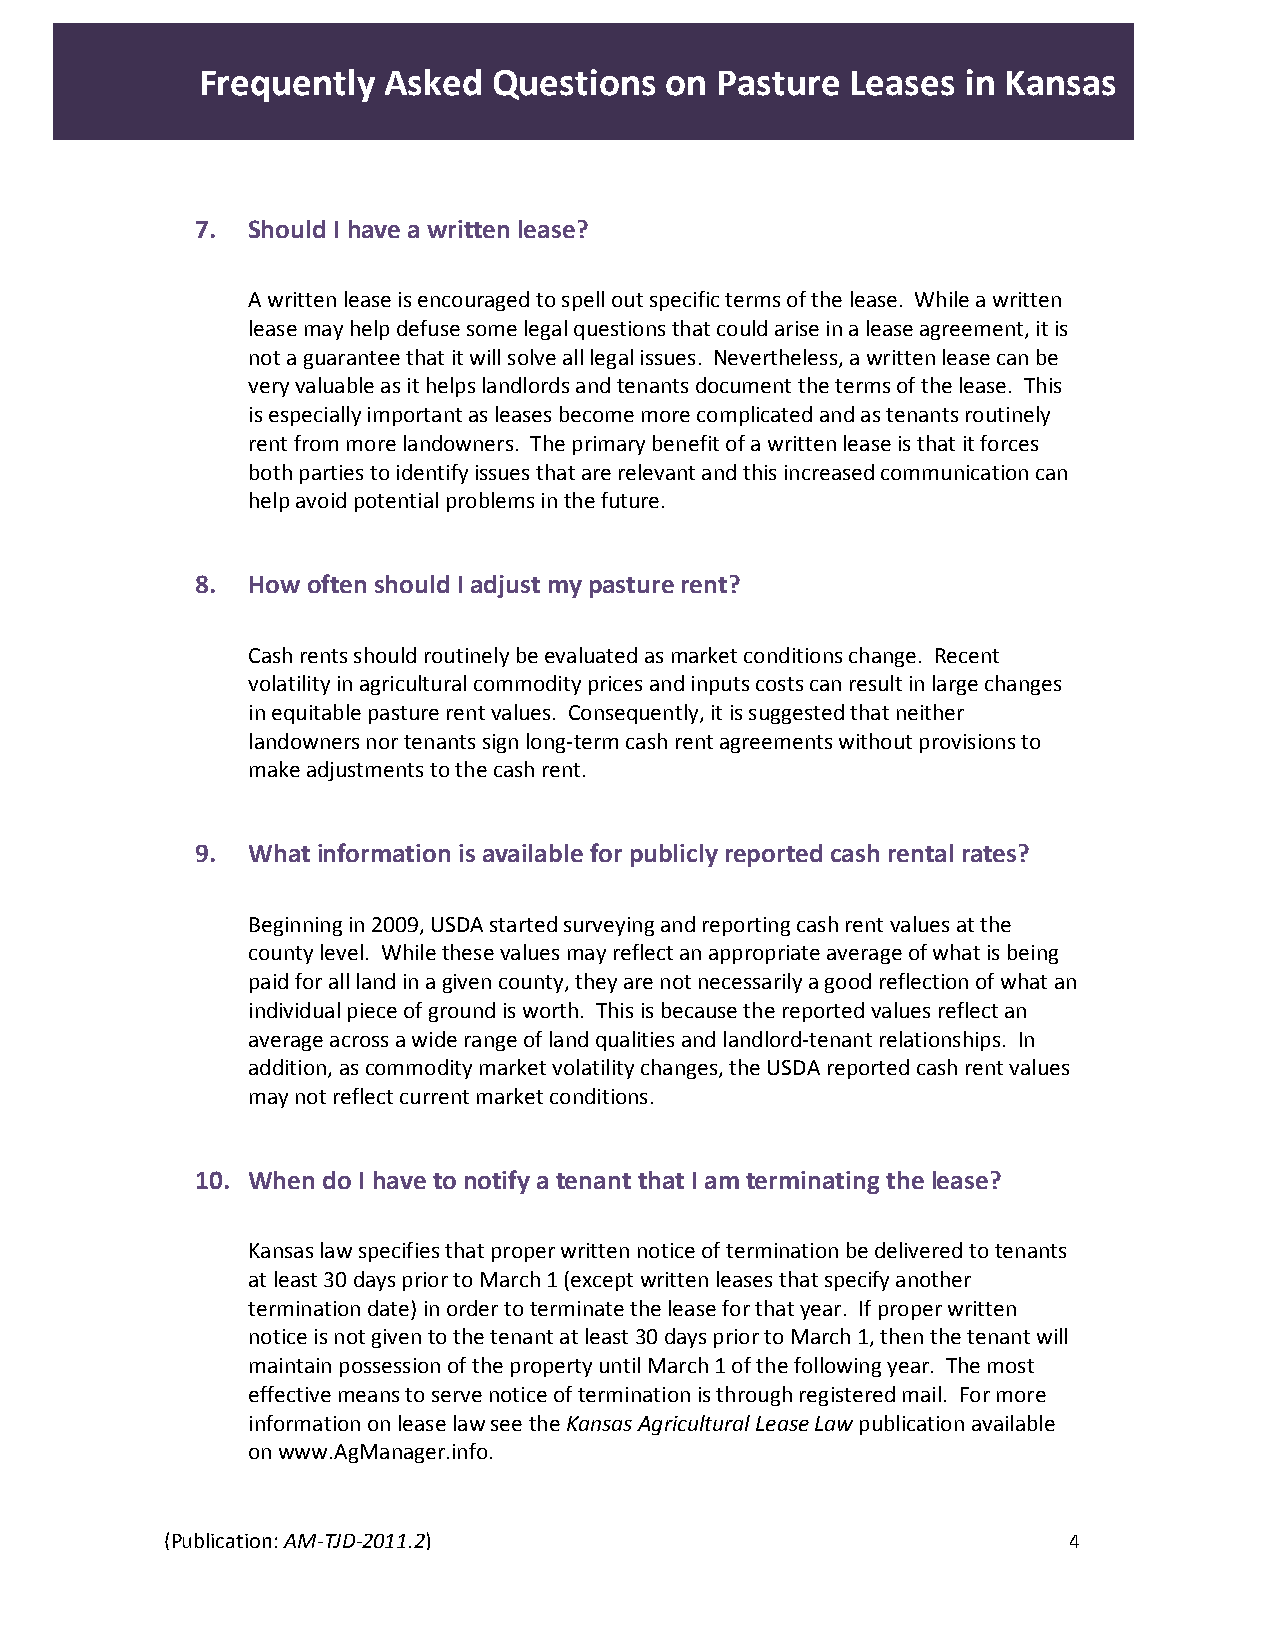
Frequently  Asked   Questions  on Pasture  Leases  in Kansas
 7. Should I have a written lease?
 A written lease is encouraged to spell out specific terms of the lease. While a written
 lease may help defuse some legal questions that could arise in a lease agreement, it is
 not a guarantee that it will solve all legal issues. Nevertheless, a written lease can be
 very valuable as it helps landlords and tenants document the terms of the lease. This
 is especially important as leases become more complicated and as tenants routinely
 rent from more landowners. The primary benefit of a written lease is that it forces
 both parties to identify issues that are relevant and this increased communication can
 help avoid potential problems in the future.
 8. How often should I adjust my pasture rent?
 Cash rents should routinely be evaluated as market conditions change. Recent
 volatility in agricultural commodity prices and inputs costs can result in large changes
 in equitable pasture rent values. Consequently, it is suggested that neither
 landowners nor tenants sign long‐term cash rent agreements without provisions to
 make adjustments to the cash rent.
 9. What information is available for publicly reported cash rental rates?
 Beginning in 2009, USDA started surveying and reporting cash rent values at the
 county level. While these values may reflect an appropriate average of what is being
 paid for all land in a given county, they are not necessarily a good reflection of what an
 individual piece of ground is worth. This is because the reported values reflect an
 average across a wide range of land qualities and landlord‐tenant relationships. In
 addition, as commodity market volatility changes, the USDA reported cash rent values
 may not reflect current market conditions.
 10. When do I have to notify a tenant that I am terminating the lease?
 Kansas law specifies that proper written notice of termination be delivered to tenants
 at least 30 days prior to March 1 (except written leases that specify another
 termination date) in order to terminate the lease for that year. If proper written
 notice is not given to the tenant at least 30 days prior to March 1, then the tenant will
 maintain possession of the property until March 1 of the following year. The most
 effective means to serve notice of termination is through registered mail. For more
 information on lease law see the Kansas Agricultural Lease Law publication available
 on www.AgManager.info.
 (Publication: AM‐TJD‐2011.2)                                4